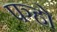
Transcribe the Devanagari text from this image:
पञ्हो